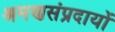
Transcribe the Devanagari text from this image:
श्रमणसंप्रदायों